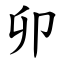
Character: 卯